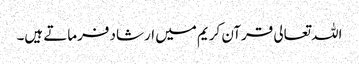
اللہ تعالی قرآن کریم میں ارشاد فرماتے ہیں۔